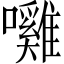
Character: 𭌲